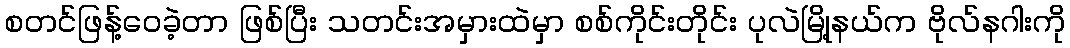
စတင်ဖြန့်ဝေခဲ့တာ ဖြစ်ပြီး သတင်းအမှားထဲမှာ စစ်ကိုင်းတိုင်း ပုလဲမြို့နယ်က ဗိုလ်နဂါးကို